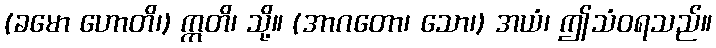
(ခမော ဟောတိ၊) ဣတိ၊ သို့။ (အာဂတော၊ သော၊) အယံ၊ ဤသံဝရသည်။